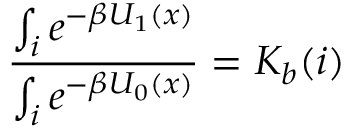
\frac { \int _ { i } e ^ { - \beta U _ { 1 } ( x ) } } { \int _ { i } e ^ { - \beta U _ { 0 } ( x ) } } = K _ { b } ( i )